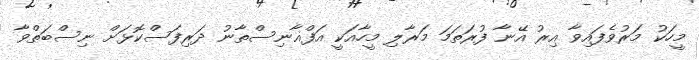
މީހަކު މަރުވެފައިވާ އިރު އޭނާ ފުރަތަމަ މަރާލި މީހާއަކީ އަފްޣާނިސްތާނު ދަރިފަސްކޮޅަށް ނިސްބަތްވާ